Civil Veterinary Dept. Assam report 1927-50 - 1927-1950
Year: 1927
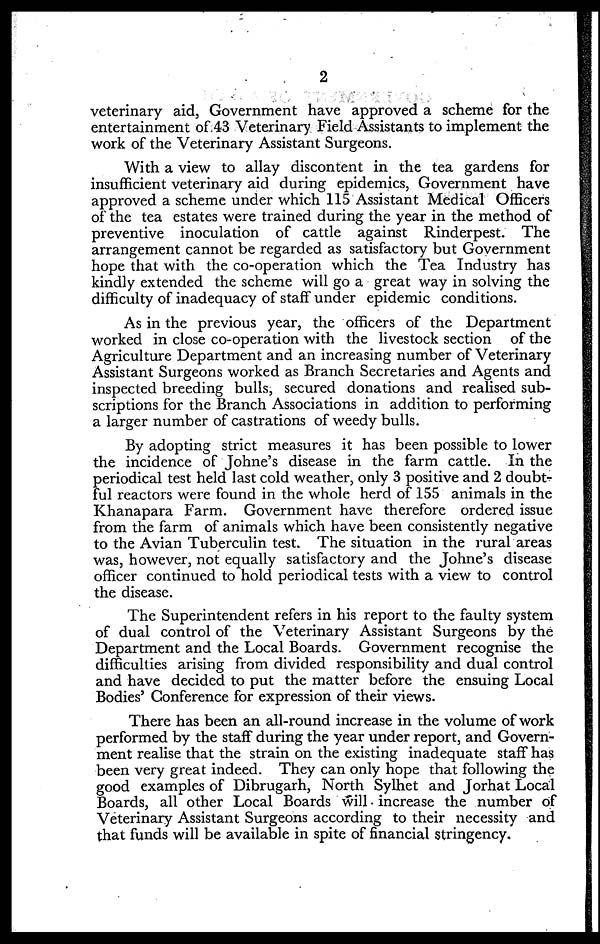
2
veterinary aid, Government have approved a scheme for the
entertainment of 43 Veterinary Field Assistants to implement the
work of the Veterinary Assistant Surgeons.
With a view to allay discontent in the tea gardens for
insufficient veterinary aid during epidemics, Government have
approved a scheme under which 115 Assistant Medical Officers
of the tea estates were trained during the year in the method of
preventive inoculation of cattle against Rinderpest. The
arrangement cannot be regarded as satisfactory but Government
hope that with the co-operation which the Tea Industry has
kindly extended the scheme will go a great way in solving the
difficulty of inadequacy of staff under epidemic conditions.
As in the previous year, the officers of the Department
worked in close co-operation with the livestock section of the
Agriculture Department and an increasing number of Veterinary
Assistant Surgeons worked as Branch Secretaries and Agents and
inspected breeding bulls, secured donations and realised sub-
scriptions for the Branch Associations in addition to performing
a larger number of castrations of weedy bulls.
By adopting strict measures it has been possible to lower
the incidence of Johne's disease in the farm cattle. In the
periodical test held last cold weather, only 3 positive and 2 doubt-
ful reactors were found in the whole herd of 155 animals in the
Khanapara Farm. Government have therefore ordered issue
from the farm of animals which have been consistently negative
to the Avian Tuberculin test. The situation in the rural areas
was, however, not equally satisfactory and the Johne's disease
officer continued to hold periodical tests with a view to control
the disease.
The Superintendent refers in his report to the faulty system
of dual control of the Veterinary Assistant Surgeons by the
Department and the Local Boards. Government recognise the
difficulties arising from divided responsibility and dual control
and have decided to put the matter before the ensuing Local
Bodies' Conference for expression of their views.
There has been an all-round increase in the volume of work
performed by the staff during the year under report, and Govern-
ment realise that the strain on the existing inadequate staff has
been very great indeed. They can only hope that following the
good examples of Dibrugarh, North Sylhet and Jorhat Local
Boards, all other Local Boards will increase the number of
Veterinary Assistant Surgeons according to their necessity and
that funds will be available in spite of financial stringency.